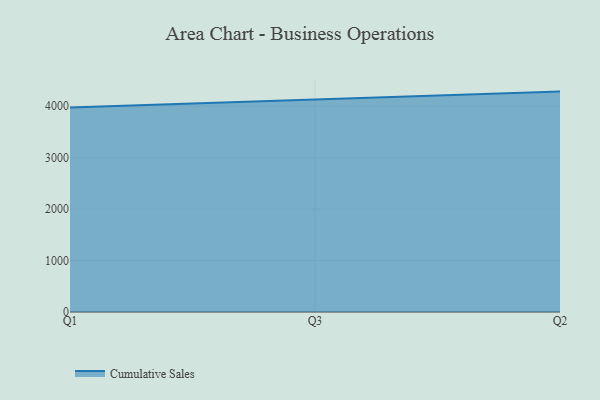
{"axis": {"x": "Quarter", "y": "Conversion Rate (%)"}, "legend": ["Cumulative Sales"], "data": [{"x": "Q1", "y": 3975.1, "type": "Cumulative Sales"}, {"x": "Q3", "y": 4128.7, "type": "Cumulative Sales"}, {"x": "Q2", "y": 4283.1, "type": "Cumulative Sales"}]}